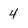
Character: 4